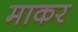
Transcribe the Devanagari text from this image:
माकर